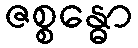
ဇစ္စန္ဓော